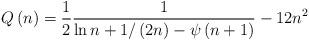
LaTeX: \begin{align*}Q\left( n\right) =\frac{1}{2}\frac{1}{\ln n+1/\left( 2n\right) -\psi \left(n+1\right) }-12n^{2} \end{align*}